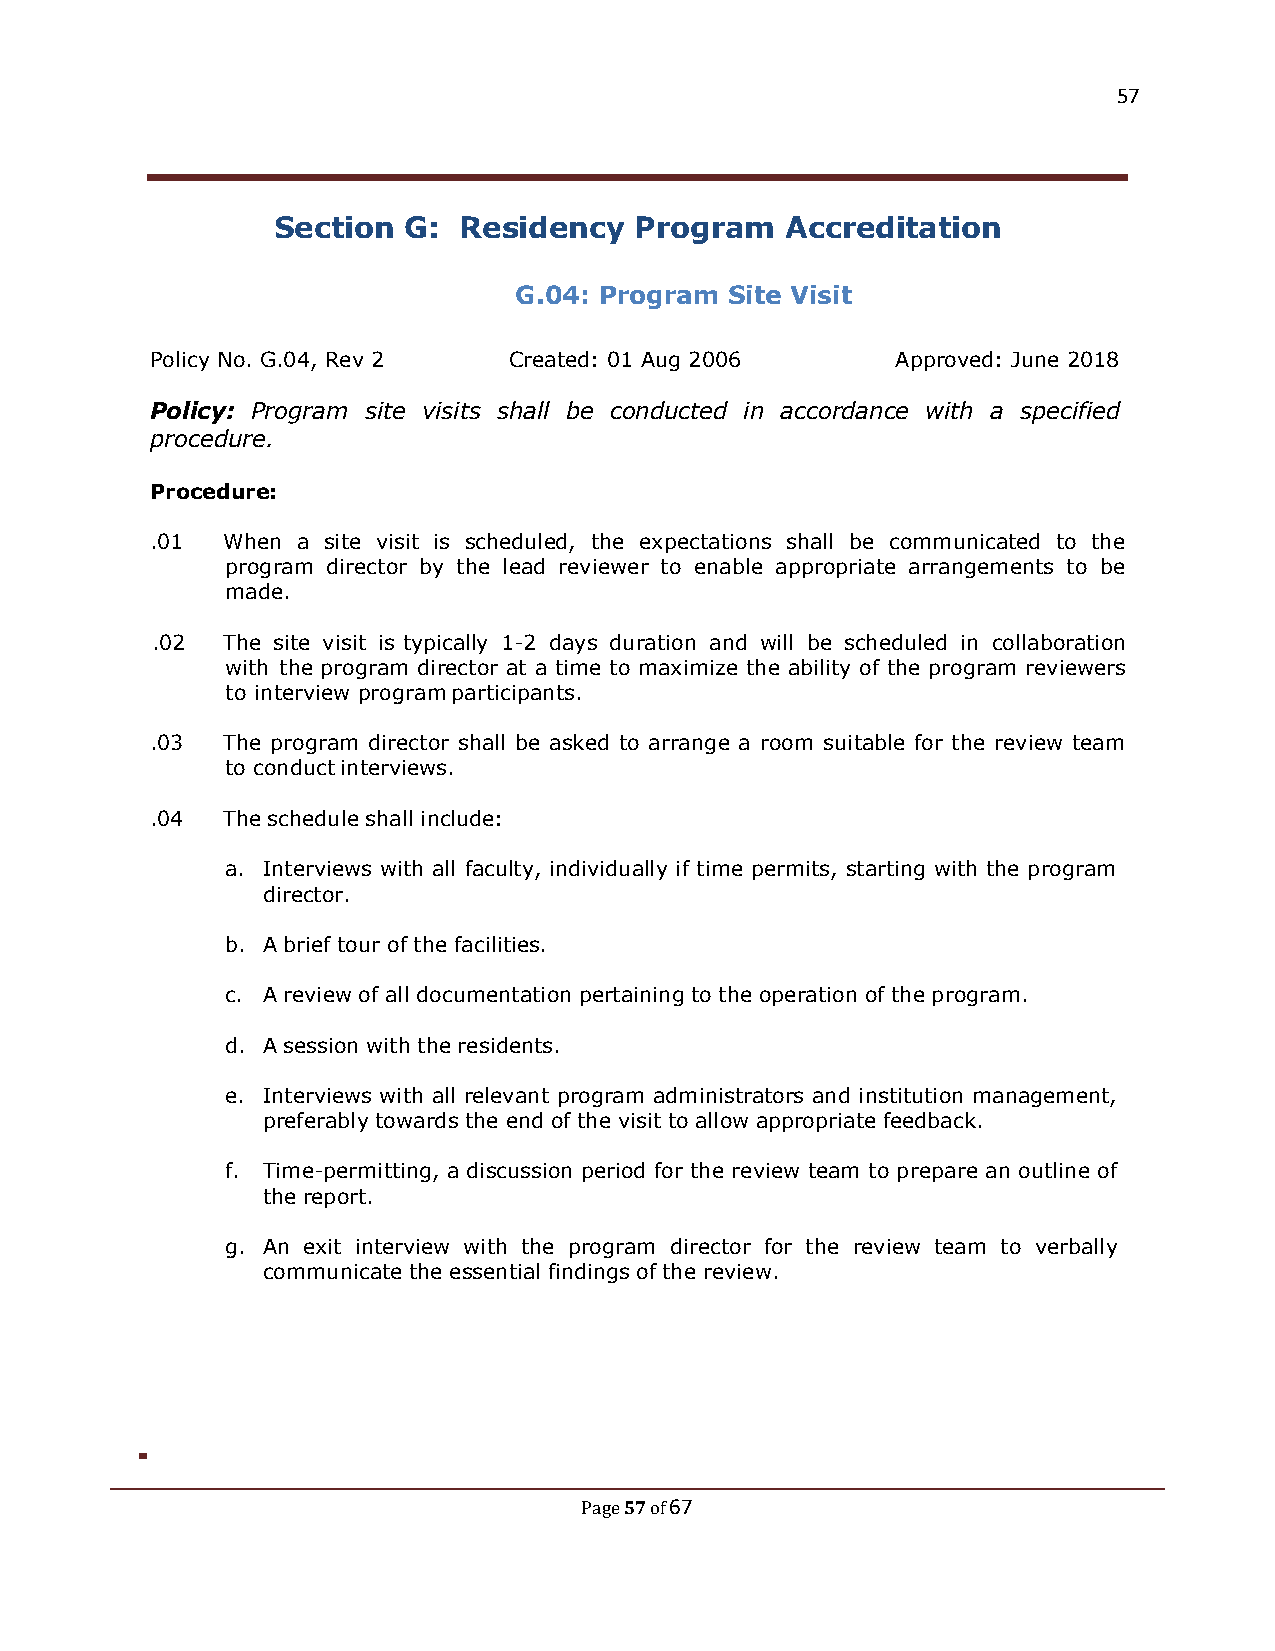
57
 Section  G: Residency   Program   Accreditation
 G.04: Program Site Visit
 Policy No. G.04, Rev 2  Created: 01 Aug 2006     Approved: June 2018
 Policy: Program site visits shall be conducted in accordance with a specified
 procedure.
 Procedure:
 .01  When a site visit is scheduled, the expectations shall be communicated to the
 program director by the lead reviewer to enable appropriate arrangements to be
 made.
 .02  The site visit is typically 1-2 days duration and will be scheduled in collaboration
 with the program director at a time to maximize the ability of the program reviewers
 to interview program participants.
 .03  The program director shall be asked to arrange a room suitable for the review team
 to conduct interviews.
 .04  The schedule shall include:
 a. Interviews with all faculty, individually if time permits, starting with the program
 director.
 b. A brief tour of the facilities.
 c. A review of all documentation pertaining to the operation of the program.
 d. A session with the residents.
 e. Interviews with all relevant program administrators and institution management,
 preferably towards the end of the visit to allow appropriate feedback.
 f. Time-permitting, a discussion period for the review team to prepare an outline of
 the report.
 g. An exit interview with the program director for the review team to verbally
 communicate the essential findings of the review.
 57 67
 Page of